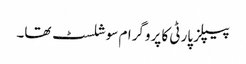
پیپلز پارٹی کا پروگرام سوشلسٹ تھا۔